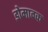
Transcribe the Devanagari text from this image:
डोमाग्क